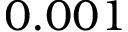
0 . 0 0 1